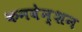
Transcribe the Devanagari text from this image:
कनवेन्शन